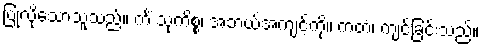
ပြုလိုသောသူသည်။ ကိံ သုကိစ္စံ၊ အဘယ်အကျင့်ကို။ ကတံ၊ ကျင့်ခြင်းသည်။